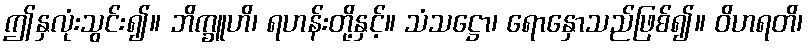
ဤနှလုံးသွင်း၍။ ဘိက္ခူဟိ၊ ရဟန်းတို့နှင့်။ သံသဋ္ဌော၊ ရောနှောသည်ဖြစ်၍။ ဝိဟရတိ၊